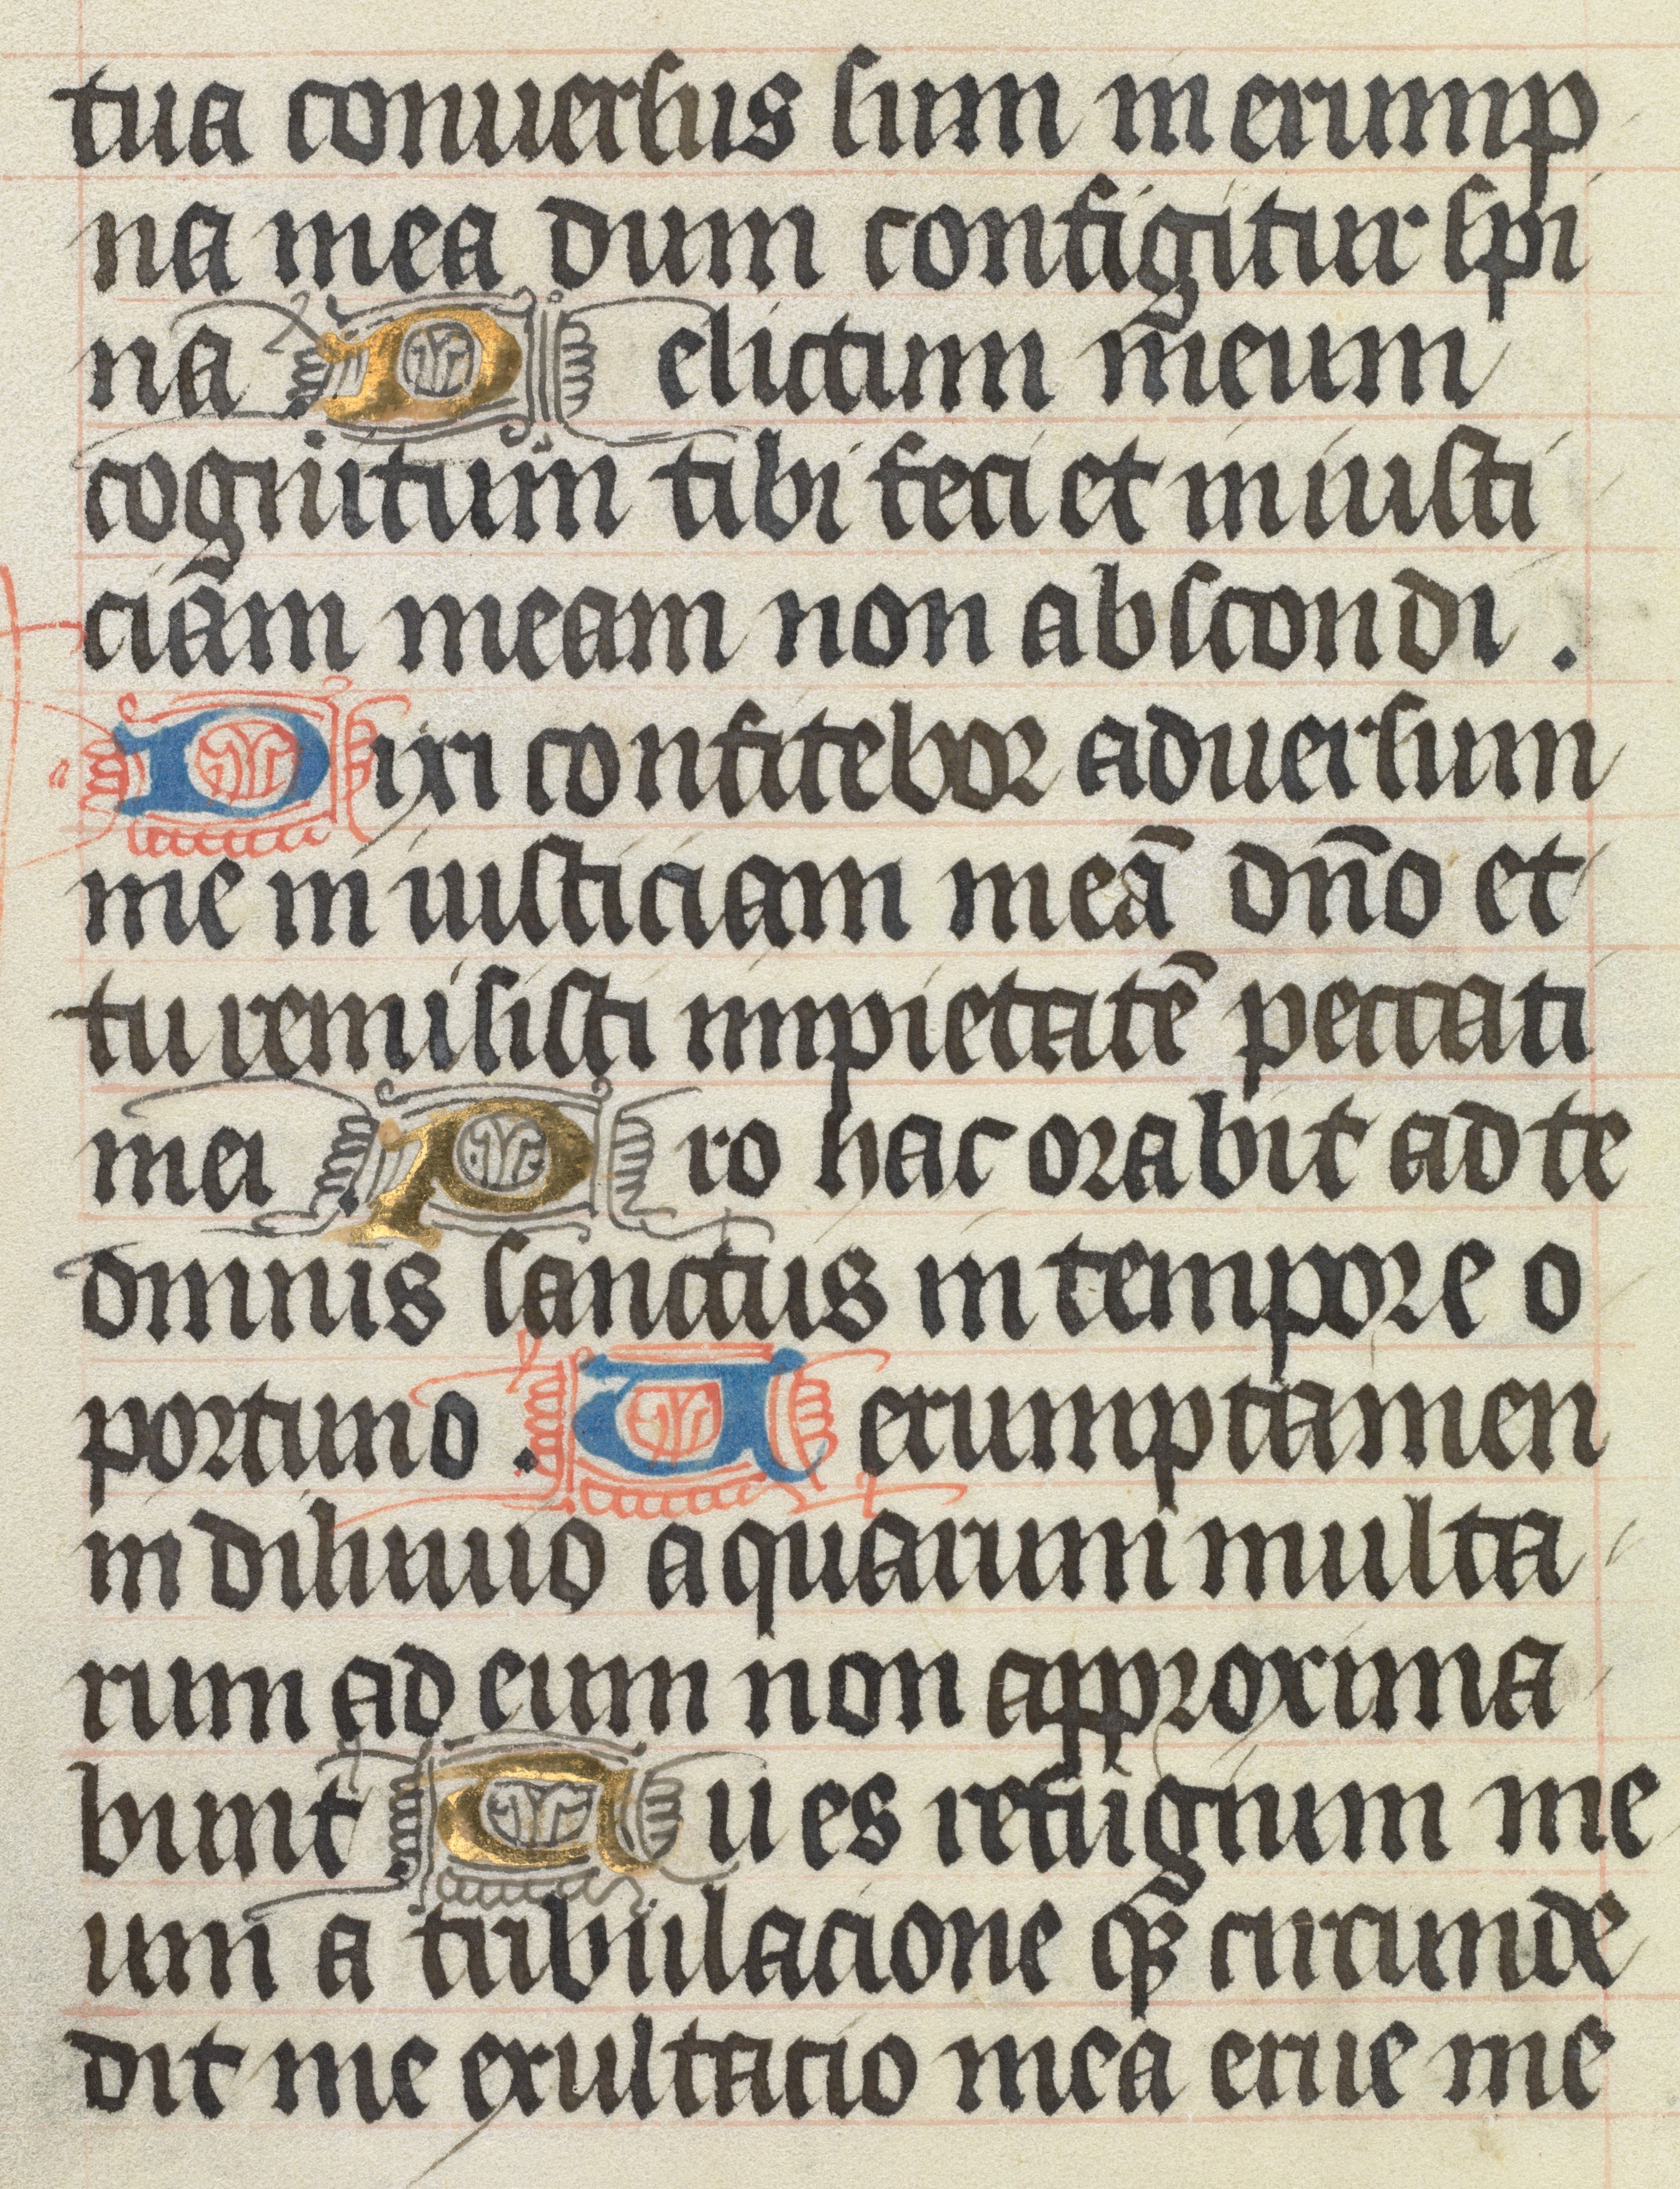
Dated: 1400–1499